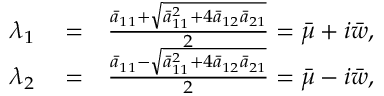
\begin{array} { r l r } { \lambda _ { 1 } } & { { } = } & { \frac { \bar { a } _ { 1 1 } + \sqrt { \bar { a } _ { 1 1 } ^ { 2 } + 4 \bar { a } _ { 1 2 } \bar { a } _ { 2 1 } } } { 2 } = \bar { \mu } + i \bar { w } , } \\ { \lambda _ { 2 } } & { { } = } & { \frac { \bar { a } _ { 1 1 } - \sqrt { \bar { a } _ { 1 1 } ^ { 2 } + 4 \bar { a } _ { 1 2 } \bar { a } _ { 2 1 } } } { 2 } = \bar { \mu } - i \bar { w } , } \end{array}